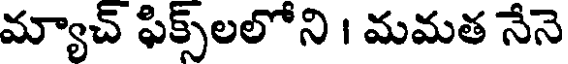
మ్యాచ్ ఫిక్స్లలోని । మమత నేనె